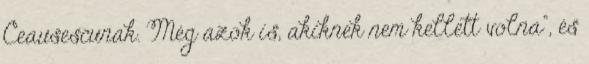
Ceausescunak. Még azok is, akiknek nem kellett volna”, és